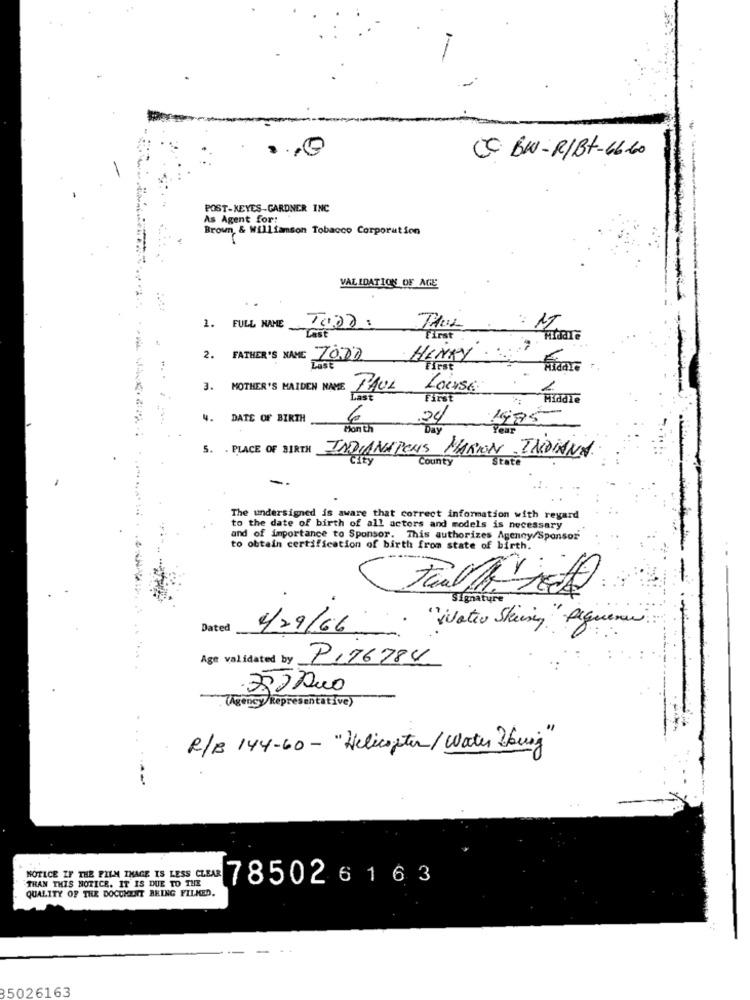
CC BW-R/Bt-66.60
POST-KEYES-GARDNER INC
As Agent for:
Brown, & Williamson Tobacco Corporation
VALIDATION OF AGE
1. FULL NAME 10.02.
PAUL
First
2. FATHER'S NAME 7000
HENRY
First
3. MOTHER'S MAIDEN NAME
PAUL
Locuse
FINSE
4. DATE OF BIRTH
6
.24
1995
Mon Ch
Day
Year
5. . PLACE OF BIRTH
INDIANAPONS MARION. INDIANA
City
County
State
-
The undersigned is aware that correct information with regard
to the date of birth of all actors and models is necessary
and of importance to Sponsor. This authorizes Agency/Sponsor
to obtain certification of birth from state of birth.
Signature
Dated
1/29/66
"Water Skiing "Pequeno .
Age validated by P.76784
350 Dus
(Agency Representative)
..
R/B 144-60 - "Helicopter/ Water "bug"
NOTICE IF THE FILM IMAGE IS LESS CLEAR
THAN THIS NOTICE. IT IS DUE TO THE
785026 16 3
QUALITY OF THE DOCUMENT BRING FILMED.
35026163